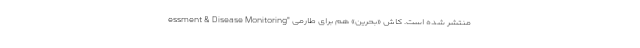
essment & Disease Monitoring" منتشر شده است. کاش «بحرین» هم برای طارمی